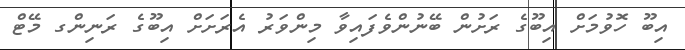
އިބޫ ހޮވުމަށް އިބޫގެ ރަށުން ބޭނުންވެފައިވާ މިންވަރު އެރަަށަށް އިބޫގެ ރަނިންގ މޭޓް